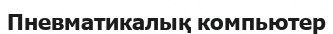
Пневматикалық компьютер